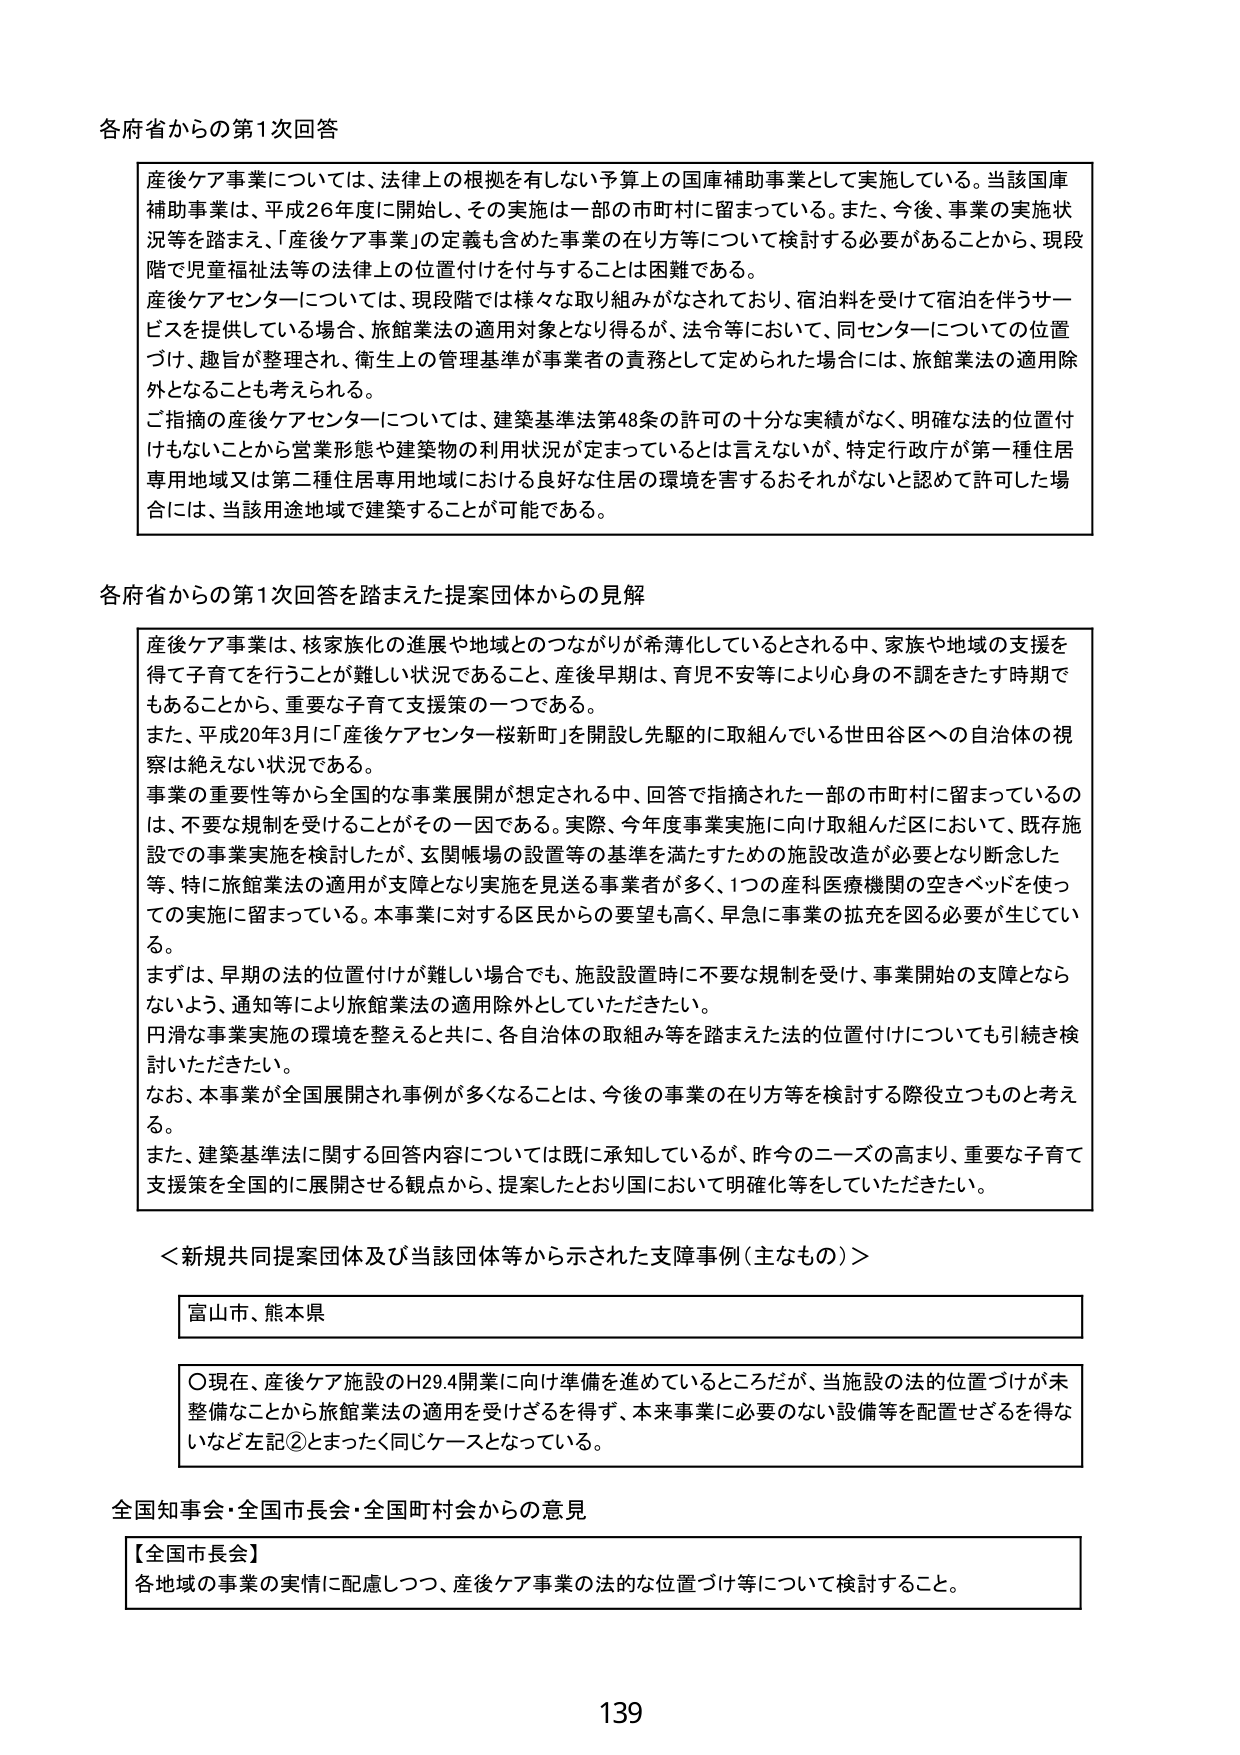
各府省からの第1次回答

産後ケア事業については、法律上の根拠を有しない予算上の国庫補助事業として実施している。当該国庫補助事業は、平成26年度に開始し、その実施は一部の市町村に留まっている。また、今後、事業の実施状況等を踏まえ、「産後ケア事業」の定義も含めた事業の在り方等について検討する必要があることから、現段階で児童福祉法等の法律上の位置付けを付与することは困難である。
産後ケアセンターについては、現段階では様々な取り組みがなされており、宿泊料を受けて宿泊を伴うサービスを提供している場合、旅館業法の適用対象となり得るが、法令等において、同センターについての位置づけ、趣旨が整理され、衛生上の管理基準が事業者の責務として定められた場合には、旅館業法の適用除外となることも考えられる。
ご指摘の産後ケアセンターについては、建築基準法第48条の許可の十分な実績がなく、明確な法的位置付けもないことから営業形態や建築物の利用状況が定まっているとは言えないが、特定行政庁が第一種住居専用地域又は第二種住居専用地域における良好な住居の環境を害するおそれがないと認めて許可した場合には、当該用途地域で建築することが可能である。

各府省からの第1次回答を踏まえた提案団体からの見解

産後ケア事業は、核家族化の進展や地域とのつながりが希薄化しているとされる中、家族や地域の支援を得て子育てを行うことが難しい状況であること、産後早期は、育児不安等により心身の不調をきたす時期でもあることから、重要な子育て支援策の一つである。
また、平成20年3月に「産後ケアセンター桜新町」を開設し先駆的に取組んでいる世田谷区への自治体の視察は絶えない状況である。
事業の重要性等から全国的な事業展開が想定される中、回答で指摘された一部の市町村に留まっているのは、不要な規制を受けることがその一因である。実際、今年度事業実施に向け取組んだ区において、既存施設での事業実施を検討したが、玄関帳場の設置等の基準を満たすための施設改造が必要となり断念した等、特に旅館業法の適用が支障となり実施を見送る事業者が多く、1つの産科医療機関の空きベッドを使っての実施に留まっている。本事業に対する区民からの要望も高く、早急に事業の拡充を図る必要が生じている。
まずは、早期の法的位置付けが難しい場合でも、施設設置時に不要な規制を受け、事業開始の支障とならないよう、通知等により旅館業法の適用除外としていただきたい。
円滑な事業実施の環境を整えると共に、各自治体の取組み等を踏まえた法的位置付けについても引続き検討いただきたい。
なお、本事業が全国展開され事例が多くなることは、今後の事業の在り方等を検討する際役立つものと考える。
また、建築基準法に関する回答内容については既に承知しているが、昨今のニーズの高まり、重要な子育て支援策を全国的に展開させる観点から、提案したとおり国において明確化等をしていただきたい。

＜新規共同提案団体及び当該団体等から示された支障事例（主なもの）＞

富山市、熊本県

〇現在、産後ケア施設のH29.4開業に向け準備を進めているところだが、当施設の法的位置づけが未整備なことから旅館業法の適用を受けざるを得ず、本来事業に必要のない設備等を配置せざるを得ないなど左記②とまったく同じケースとなっている。

全国知事会・全国市長会・全国町村会からの意見

【全国市長会】
各地域の事業の実情に配慮しつつ、産後ケア事業の法的な位置づけ等について検討すること。

139